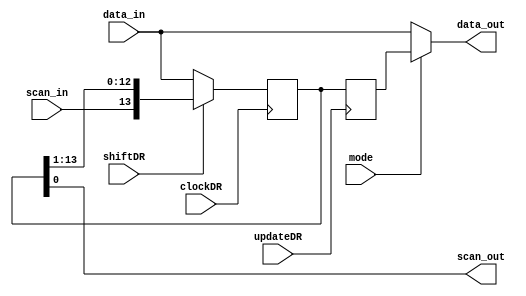
module Boundary_Scan_Register (data_out, data_in, scan_out, scan_in,  shiftDR, mode, clockDR, updateDR);
parameter size = 14;
output 	[size -1: 0]	data_out;
output			scan_out;
input	[size -1: 0]	data_in;
input			scan_in;
input			shiftDR, mode, clockDR, updateDR;
reg	[size -1: 0]	BSC_Scan_Register, BSC_Output_Register;

always @ (posedge clockDR) BSC_Scan_Register <= shiftDR ? {scan_in, BSC_Scan_Register [ size -1: 1]} : data_in;
always @ (posedge updateDR) BSC_Output_Register <= BSC_Scan_Register;

assign scan_out = BSC_Scan_Register [0];
assign data_out = mode ? BSC_Output_Register : data_in;

endmodule

/*
module t_Boundary_Scan_Register ();
parameter size = 14;
wire 	[size -1: 0] 	data_out;
reg	[size -1: 0] 	data_in;
wire 			scan_out;
reg			scan_in;
reg			shiftDR, mode;
reg			clockDR, updateDR;
reg			system_clk;

Boundary_Scan_Register M0 (data_out, data_in, scan_out, scan_in,  shiftDR, mode, clockDR, updateDR);

initial #500 $finish;
initial begin system_clk = 0; forever #5 system_clk = ~system_clk; end

 initial begin
data_in = 0;
forever @ (negedge system_clk) data_in = data_in +1;
end

initial fork
mode = 0;
#375 mode = 1;
//#450 mode = 0;
join

initial fork
clockDR = 0;
shiftDR = 0;
#45 shiftDR = 1;
#40begin repeat (size) begin #10 clockDR = 1; #10 clockDR = 0; end #5 shiftDR = 0; end
join
initial begin
 #380 repeat (1) begin #10 clockDR = 1; #10 clockDR = 0; end 
end


initial fork
updateDR = 0; 
#350 updateDR = 1;
#360 updateDR = 0;
join



initial begin scan_in = 1; end
endmodule
*/